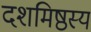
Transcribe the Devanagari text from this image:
दशमिष्ठस्य